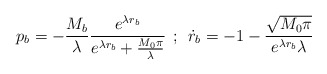
\begin{align*}p_b = -\frac{M_b}{\lambda} \frac{e^{\lambda r_b}}{e^{\lambda r_b} +\frac{M_0\pi}{\lambda}} \: \: ; \: \:\dot{r}_b = -1 - \frac{\sqrt{M_0\pi}}{e^{\lambda r_b} \lambda} \end{align*}